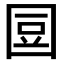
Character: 𡇧